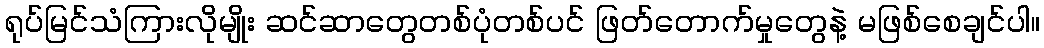
ရုပ်မြင်သံကြားလိုမျိုး ဆင်ဆာတွေတစ်ပုံတစ်ပင် ဖြတ်တောက်မှုတွေနဲ့ မဖြစ်စေချင်ပါ။